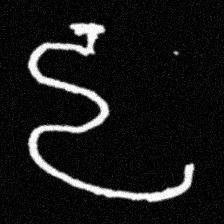
Pyu character \u2014 Myanmar letter: ဠ (romanized: lla)